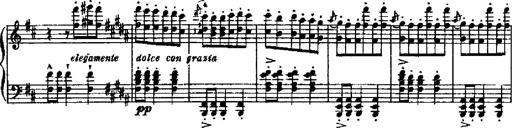
Title: RÃ©miniscences de Robert le diable
Composer: Franz Liszt